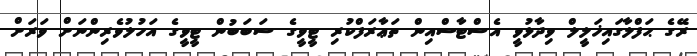
ރޭގެ ޙަފްލާގައިޚަލީލް ވިދާޅުވީ އެސްޓާސްއިން ތަޢާރަފްކުރި ޓީވީގެ ސަބަބުން ޓީވީގެ އަހުލުވެރިންނަށް ވަރަށް